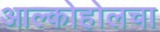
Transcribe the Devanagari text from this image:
आल्कोहोलचा